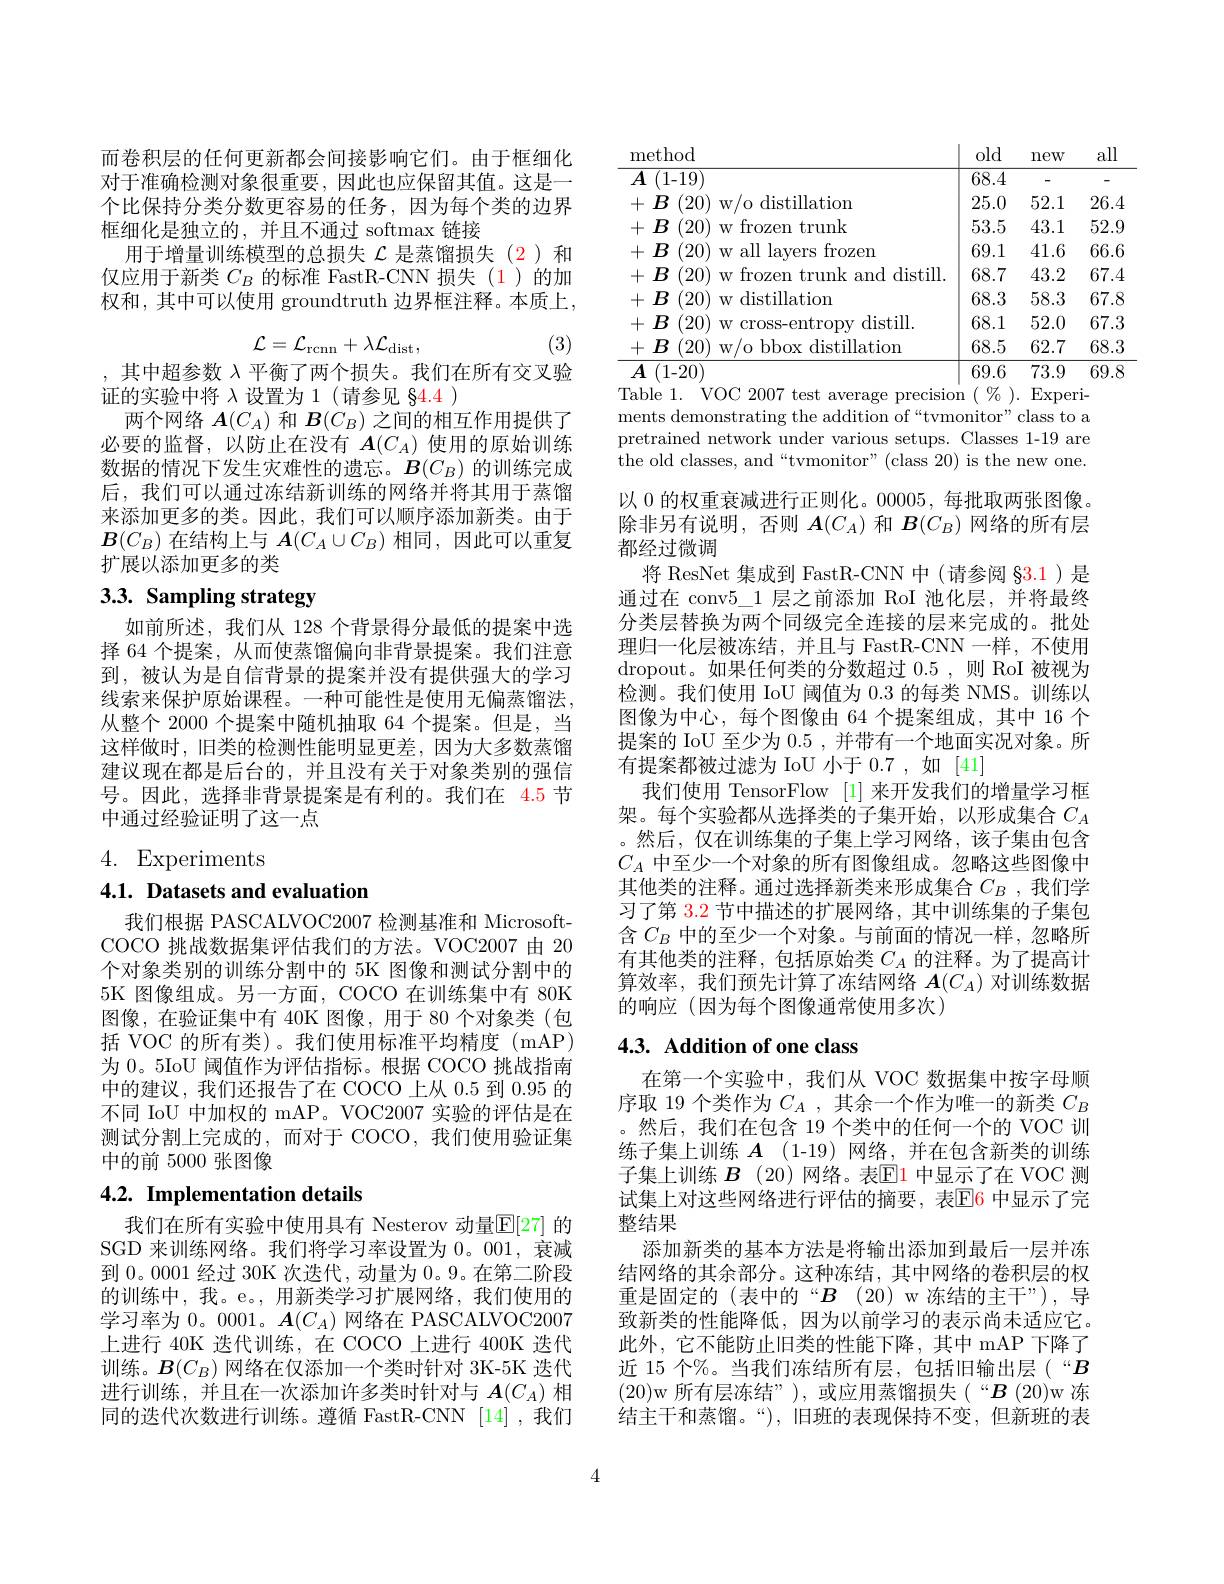
而卷积层的任何更新都会间接影响它们。由于框细化对于准确检测对象很重要，因此也应保留其值。这是一个比保持分类分数更容易的任务，因为每个类的边界框细化是独立的，并且不通过 softmax 链接
用于增量训练模型的总损失$\mathcal{L}$是蒸馏损失(2)和仅应用于新类$C_B$的标准 FastR-CNN 损失(1)的加权和，其中可以使用 groundtruth 边界框注释。本质上，
$$\mathcal{L}=\mathcal{L}_{\mathrm{rcnn}}+\lambda\mathcal{L}_{\mathrm{dist}},$$
(3)

,其中超参数$\lambda$平衡了两个损失。我们在所有交叉验
证的实验中将$\lambda$设置为 1(请参见 §4.4 )
两个网络$A(C_A)$和$B(C_B)$之间的相互作用提供了必要的监督，以防止在没有$\boldsymbol{A}(C_A)$使用的原始训练数据的情况下发生灾难性的遗忘。$B(C_B)$的训练完成后，我们可以通过冻结新训练的网络并将其用于蒸馏来添加更多的类。因此，我们可以顺序添加新类。由于$\boldsymbol{B}(C_B)$在结构上与$\boldsymbol{A}(C_A\cup C_B)$相同，因此可以重复扩展以添加更多的类

# 3.3. Sampling strategy

如前所述，我们从 128 个背景得分最低的提案中选择 64 个提案，从而使蒸馏偏向非背景提案。我们注意到，被认为是自信背景的提案并没有提供强大的学习线索来保护原始课程。一种可能性是使用无偏蒸馏法， 从整个 2000 个提案中随机抽取 64 个提案。但是，当这样做时，旧类的检测性能明显更差，因为大多数蒸馏建议现在都是后台的，并且没有关于对象类别的强信号。因此，选择非背景提案是有利的。我们在 4.5 节中通过经验证明了这一点

4. Experiments

4.1. Datasets and evaluation

我们根据 PASCALVOC2007 检测基准和 MicrosoftCOCO 挑战数据集评估我们的方法。VOC2007 由 20个对象类别的训练分割中的 5K 图像和测试分割中的5K 图像组成。另一方面，COCO 在训练集中有 80K 图像，在验证集中有 40K 图像，用于 80 个对象类(包括 VOC 的所有类)。我们使用标准平均精度(mAP) 为 0。5IoU 阈值作为评估指标。根据 COCO 挑战指南中的建议，我们还报告了在 COCO 上从0.5到0.95的不同 IoU 中加权的 mAP。VOC2007 实验的评估是在测试分割上完成的，而对于 COCO,我们使用验证集中的前 5000 张图像

# 4.2. Implementation details

我们在所有实验中使用具有 Nesterov 动量$\mathbb{E}[27]$ 的SGD 来训练网络。我们将学习率设置为0。001,衰减到0。0001 经过 30K 次迭代，动量为0。9。在第二阶段的训练中，我。e。,用新类学习扩展网络，我们使用的学习率为0。0001。$\boldsymbol{A}(C_A)$网络在 PASCALVOC2007上进行 40K 迭代训练，在 COCO 上进行 400K 迭代训练。$\boldsymbol{B}(C_B)$网络在仅添加一个类时针对 3K-5K 迭代进行训练，并且在一次添加许多类时针对与$\boldsymbol{A}(C_A)$相同的迭代次数进行训练。遵循 FastR-CNN [14],我们

<table>
	<tbody>
		<tr>
			<th>method</th>
			<th>old</th>
			<th>new</th>
			<th>all</th>
		</tr>
		<tr>
			<td>$\overline {A}$ (1-19)</td>
			<td>68.4</td>
			<td>-</td>
			<td>-</td>
		</tr>
		<tr>
			<td>$+B$ :(20) w/o distillation</td>
			<td>25.0</td>
			<td>52.1</td>
			<td>26.4</td>
		</tr>
		<tr>
			<td>(20) w frozen trunk $+B$</td>
			<td>53.5</td>
			<td>43.1</td>
			<td>52.9</td>
		</tr>
		<tr>
			<td>(20) w all lavers frozen $+B$</td>
			<td>69.1</td>
			<td>41.6</td>
			<td>66.6</td>
		</tr>
		<tr>
			<td>(20)w frozen trunk and distill. $+B$</td>
			<td>68.7</td>
			<td>43.2</td>
			<td>67.4</td>
		</tr>
		<tr>
			<td>$+ B\allowbreak ( {\mathrm{mod}} $w)distillation</td>
			<td>68.3</td>
			<td>58.3</td>
			<td>67.8</td>
		</tr>
		<tr>
			<td>(20) $+B$ $W($ cross-entropv distill.</td>
			<td>68.1</td>
			<td>52.0</td>
			<td>67.3</td>
		</tr>
		<tr>
			<td>(20) w/o bbox distillation $+B$</td>
			<td>68.5</td>
			<td>62.7</td>
			<td>68.3</td>
		</tr>
		<tr>
			<td>$A$ (1-20)</td>
			<td>69.6</td>
			<td>73.9</td>
			<td>69.8 1</td>
		</tr>
	</tbody>
</table>

ments demonstrating the addition of “tvmonitor”class to a pretrained network under various setups. Classes 1-19 are ${\mathrm{~the~old~classes,~and~“tvmonitor"~(class~20)~is~the~new~one.}}$

以 0 的权重衰减进行正则化。00005, 每批取两张图像。除非另有说明，否则$\boldsymbol A(C_A)$和$\boldsymbol B(C_B)$网络的所有层都经过微调
将 ResNet 集成到 FastR-CNN 中(请参阅 §3.1)是通过在 conv$5\_1$层之前添加 RoI 池化层，并将最终分类层替换为两个同级完全连接的层来完成的。批处理归一化层被冻结，并且与 FastR-CNN 一样，不使用dropout。如果任何类的分数超过 0.5 , 则 RoI 被视为检测。我们使用 IoU 阈值为 0.3 的每类 NMS。训练以图像为中心，每个图像由 64 个提案组成，其中 16 个提案的 IoU 至少为0.5 ,并带有一个地面实况对象。所有提案都被过滤为 IoU 小于 0.7 , 如 [41]
我们使用 TensorFlow [1]来开发我们的增量学习框架。每个实验都从选择类的子集开始，以形成集合$C_A$ 。然后，仅在训练集的子集上学习网络，该子集由包含$C_A$中至少一个对象的所有图像组成。忽略这些图像中其他类的注释。通过选择新类来形成集合$C_B$ ,我们学习了第 3.2 节中描述的扩展网络，其中训练集的子集包含$C_B$中的至少一个对象。与前面的情况一样，忽略所有其他类的注释，包括原始类$C_A$的注释。为了提高计算效率，我们预先计算了冻结网络$\boldsymbol{A}(C_A)$对训练数据的响应(因为每个图像通常使用多次)

# 4.3. Addition of one class

在第一个实验中，我们从 VOC 数据集中按字母顺序取 19 个类作为$C_A$ ,其余一个作为唯一的新类$C_B$ 。然后，我们在包含 19 个类中的任何一个的 VOC 训练子集上训练$\boldsymbol{A}$ (1-19)网络，并在包含新类的训练子集上训练 $B$ (20)网络。表$\mathbb{E}$1 中显示了在 VOC 测试集上对这些网络进行评估的摘要，表$\overline{\mathrm{E}}\color{red}{6}$ 中显示了完整结果
添加新类的基本方法是将输出添加到最后一层并冻结网络的其余部分。这种冻结，其中网络的卷积层的权重是固定的 (表中的“$B$ (20) w 冻结的主干”),导致新类的性能降低，因为以前学习的表示尚未适应它。此外，它不能防止旧类的性能下降，其中 mAP 下降了近 15 个%。当我们冻结所有层，包括旧输出层(“$B$ (20)w 所有层冻结”), 或应用蒸馏损失(“B(20)w 冻结主干和蒸馏。“),旧班的表现保持不变，但新班的表

4